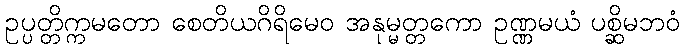
ဥပ္ပတ္တိက္ကမတော စေတိယဂိရိမေဝ အနုမ္မတ္တကော ဥဏ္ဏမယံ ပစ္ဆိမဘဝံ